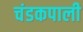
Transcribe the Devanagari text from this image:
चंडकपाली